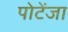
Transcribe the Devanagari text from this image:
पोटेंजा